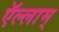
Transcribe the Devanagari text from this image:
ऍल्लाम्‌